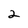
Character: 2